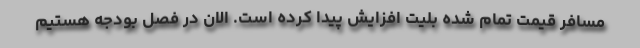
مسافر قیمت تمام شده بلیت افزایش پیدا کرده است. الان در فصل بودجه هستیم